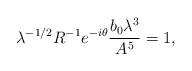
LaTeX: \begin{align*}\lambda^{-1/2}R^{-1}e^{-i\theta}\frac{b_{0}\lambda^{3}}{A^{5}} = 1,\end{align*}